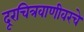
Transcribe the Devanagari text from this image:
दूरचित्रवाणीवरचे